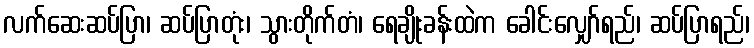
လက်ဆေးဆပ်ပြာ၊ ဆပ်ပြာတုံး၊ သွားတိုက်တံ၊ ရေချိုးခန်းထဲက ခေါင်းလျှော်ရည်၊ ဆပ်ပြာရည်၊